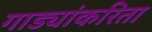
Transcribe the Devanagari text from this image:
गाड्यांकरिता